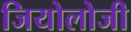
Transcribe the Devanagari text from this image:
जियोलोजी